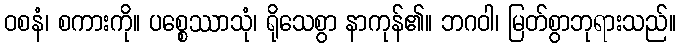
ဝစနံ၊ စကားကို။ ပစ္စေဿာသုံ၊ ရိုသေစွာ နာကုန်၏။ ဘဂဝါ၊ မြတ်စွာဘုရားသည်။